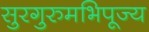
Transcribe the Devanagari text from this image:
सुरगुरुमभिपूज्य